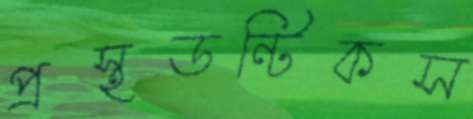
প্রস্থডন্টিকস